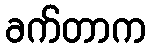
ခက်တာက